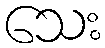
သေး